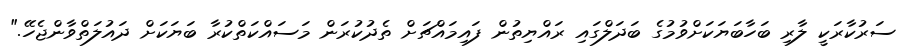
ސަރުކާރަކީ ލާރި ބަހާބަޔަކަށްވުމުގެ ބަދަލްގައި ރައްޔިތުން ފައިމައްޗަށް ތެދުކުރަން މަސައްކަތްކުރާ ބަޔަކަށް ދައުލަތްވާންޖެހޭ."